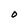
Character: O